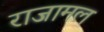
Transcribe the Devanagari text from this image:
राजामल